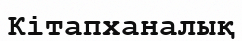
Кітапханалық